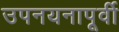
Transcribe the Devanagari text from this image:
उपनयनापूर्वी